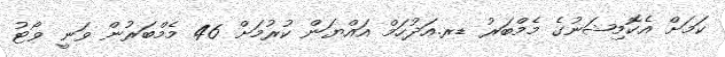
ކަމަށް އެކޮމިޝަނުގެ މެމްބަރު ޑރ.އަދުހަމް އައްޔަން ކުރުމަށް 46 މެމްބަރުން ވަނީ ވޯޓު